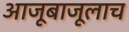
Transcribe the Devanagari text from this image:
आजूबाजूलाच